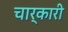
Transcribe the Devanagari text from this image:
चार्कारी